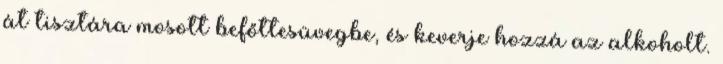
át tisztára mosott befőttesüvegbe, és keverje hozzá az alkoholt.